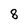
Character: 8